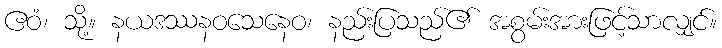
ဧဝံ၊ သို့။ နယဒဿနဝသေနေဝ၊ နည်းပြသည်၏ အစွမ်းအားဖြင့်သာလျှင်။